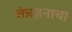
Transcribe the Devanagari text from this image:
तंत्रज्ञनाचा